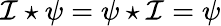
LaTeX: {\cal I}\star\psi=\psi\star{\cal I}=\psi